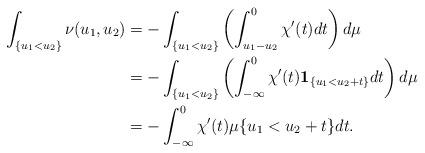
LaTeX: \begin{align*}\int_{\{u_1< u_2\}} \nu(u_1,u_2)&=-\int_{\{u_1< u_2\}}\left(\int_{u_1-u_2}^0\chi'(t)dt\right)d\mu\\&=-\int_{\{u_1< u_2\}}\left(\int_{-\infty}^0\chi'(t)\mathbf{1}_{\{u_1<u_2+t\}}dt\right)d\mu\\&=-\int_{-\infty}^0\chi'(t)\mu\{u_1<u_2+t\}dt.\end{align*}